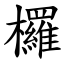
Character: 欏